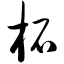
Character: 柘